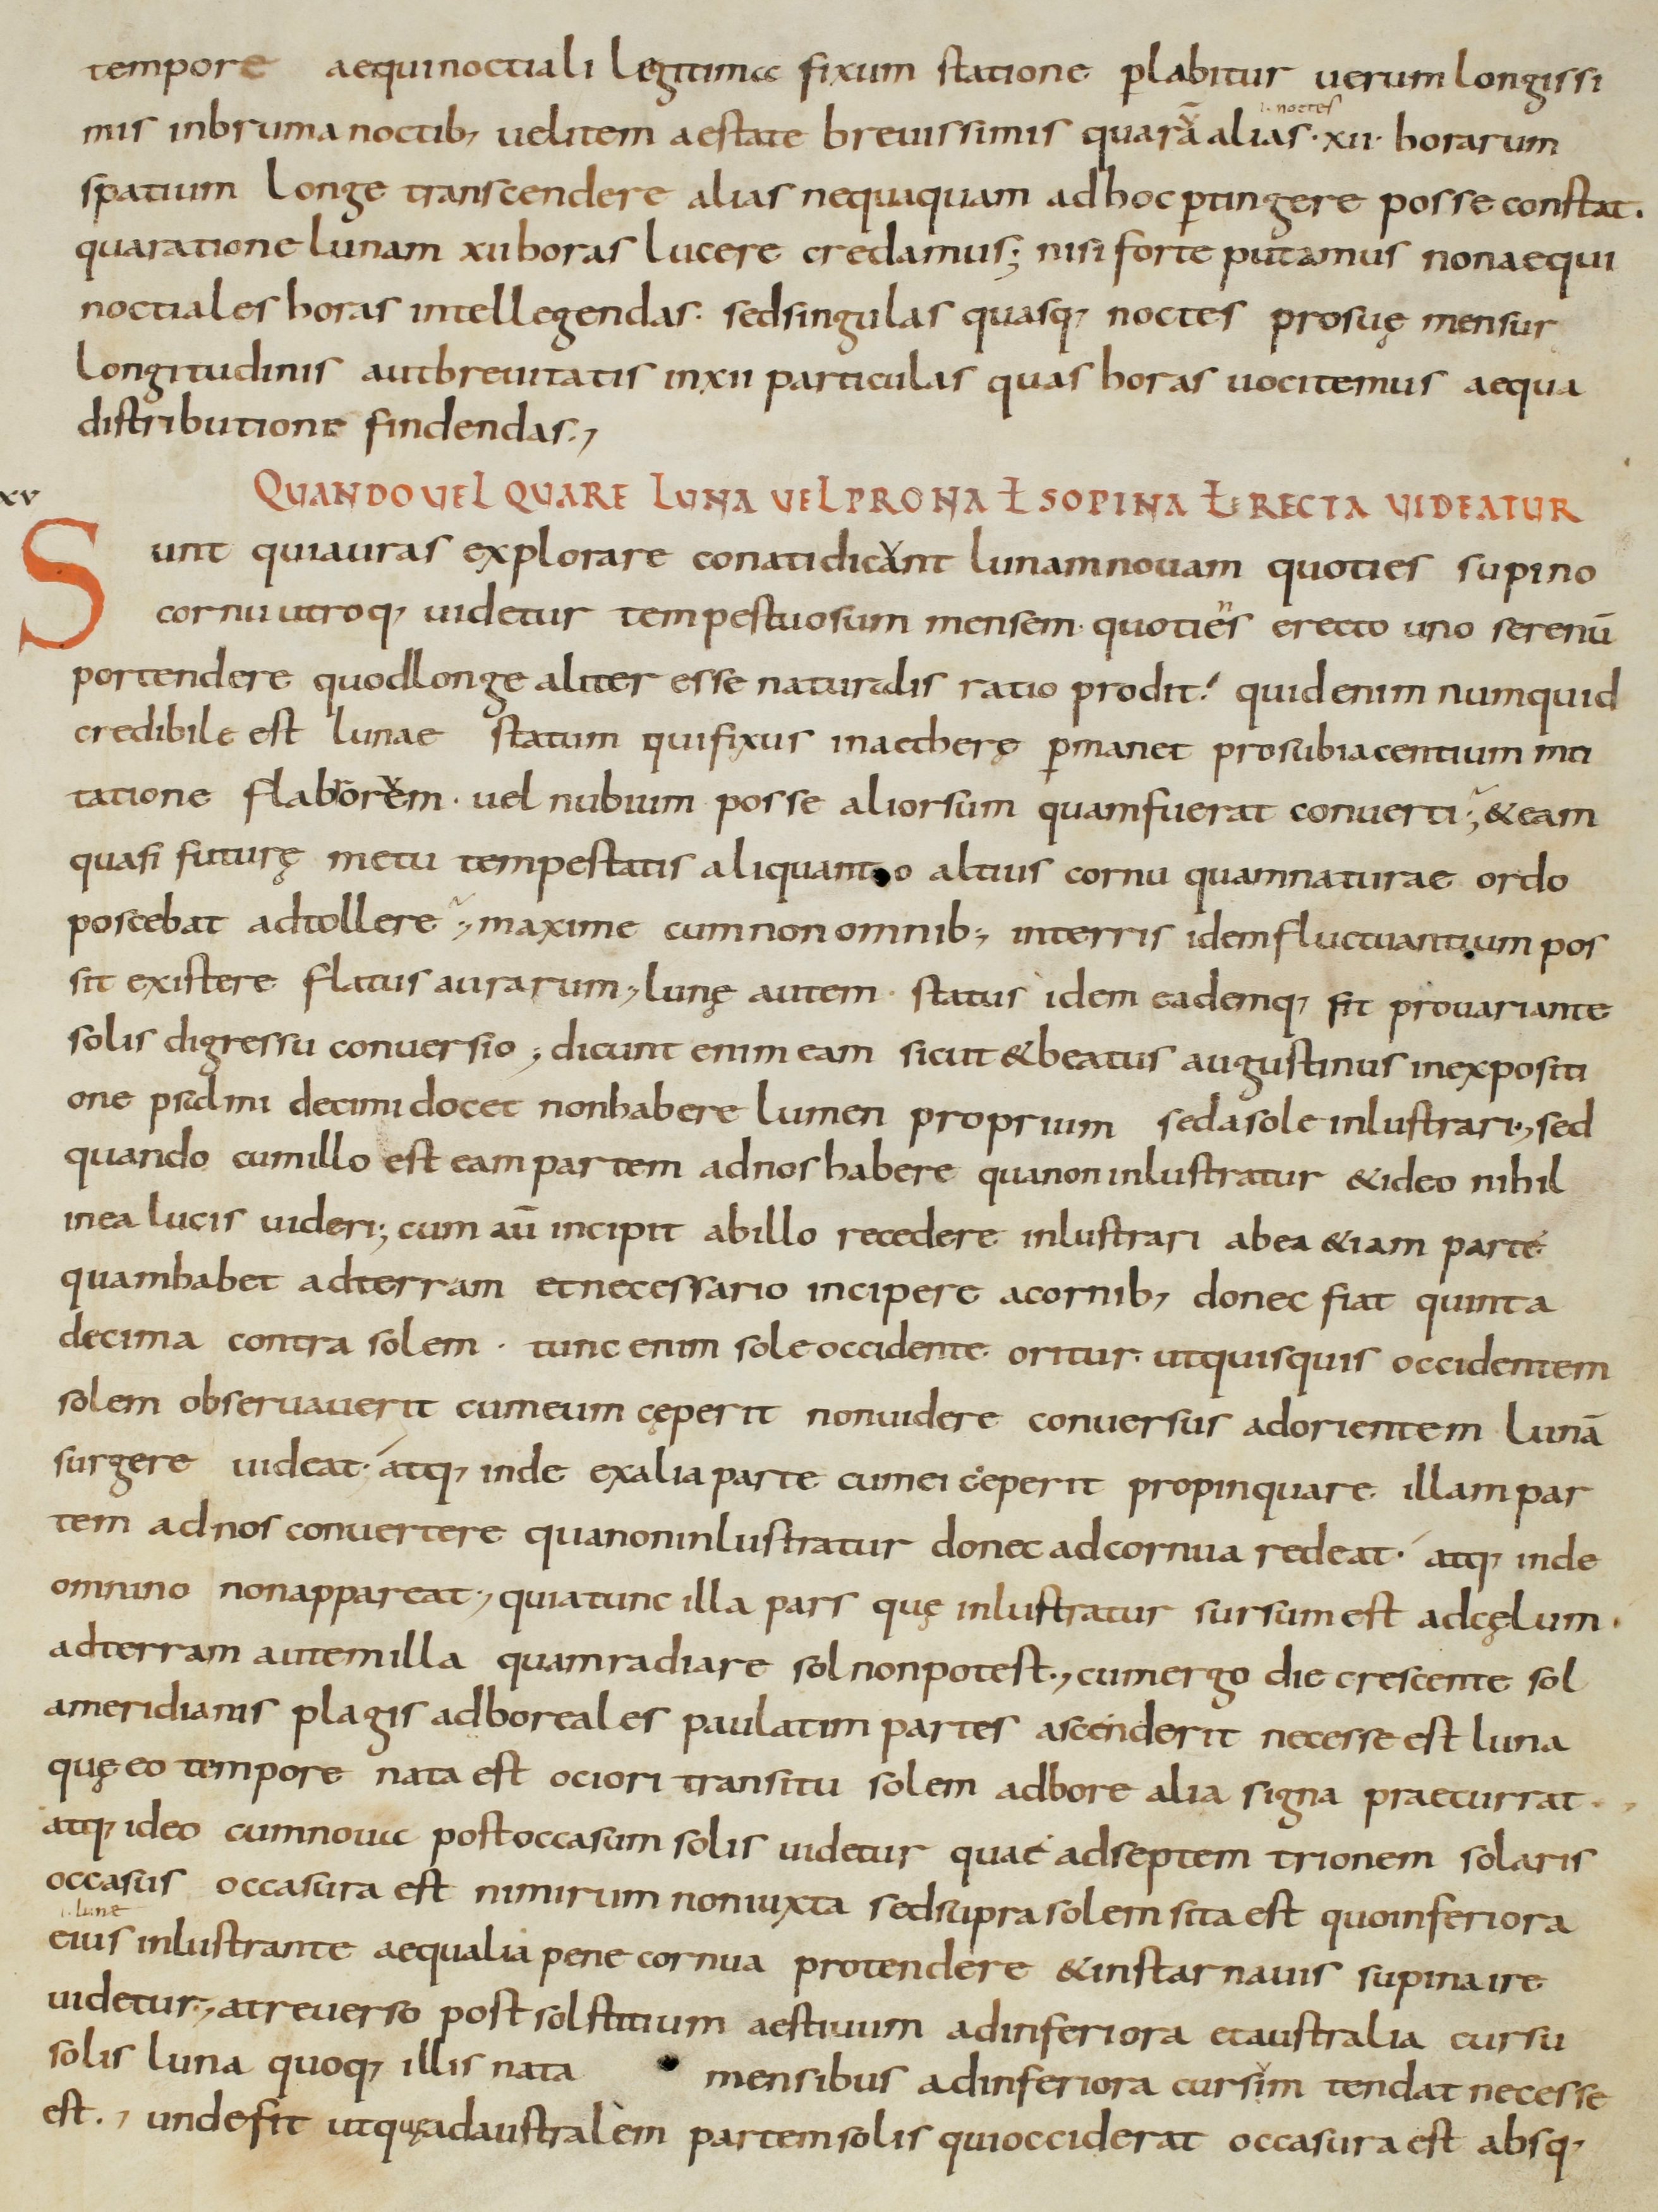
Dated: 800–899